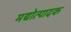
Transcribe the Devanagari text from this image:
मद्योत्पादक